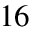
^ { 1 6 }